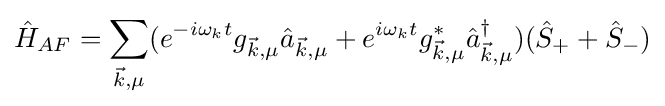
{\hat {H}}_{AF}=\sum _{{\vec {k}},\mu }(e^{-i\omega _{k}t}g_{{\vec {k}},\mu }{\hat {a}}_{{\vec {k}},\mu }+e^{i\omega _{k}t}g_{{\vec {k}},\mu }^{*}{\hat {a}}_{{\vec {k}},\mu }^{\dagger })({\hat {S}}_{+}+{\hat {S}}_{-})